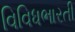
વિવિધભારતી